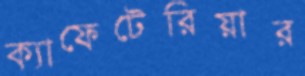
ক্যাফেটেরিয়ার